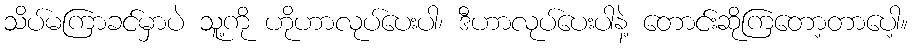
သိပ်မကြာခင်မှာပဲ သူ့ကို ဟိုဟာလုပ်ပေးပါ၊ ဒီဟာလုပ်ပေးပါနဲ့ တောင်းဆိုကြတော့တာပေါ့။